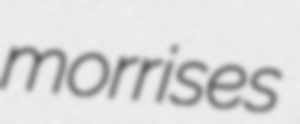
morrises